38_143685_box_Incident_Summaries_173-233
Agency: Department of War
Page 37
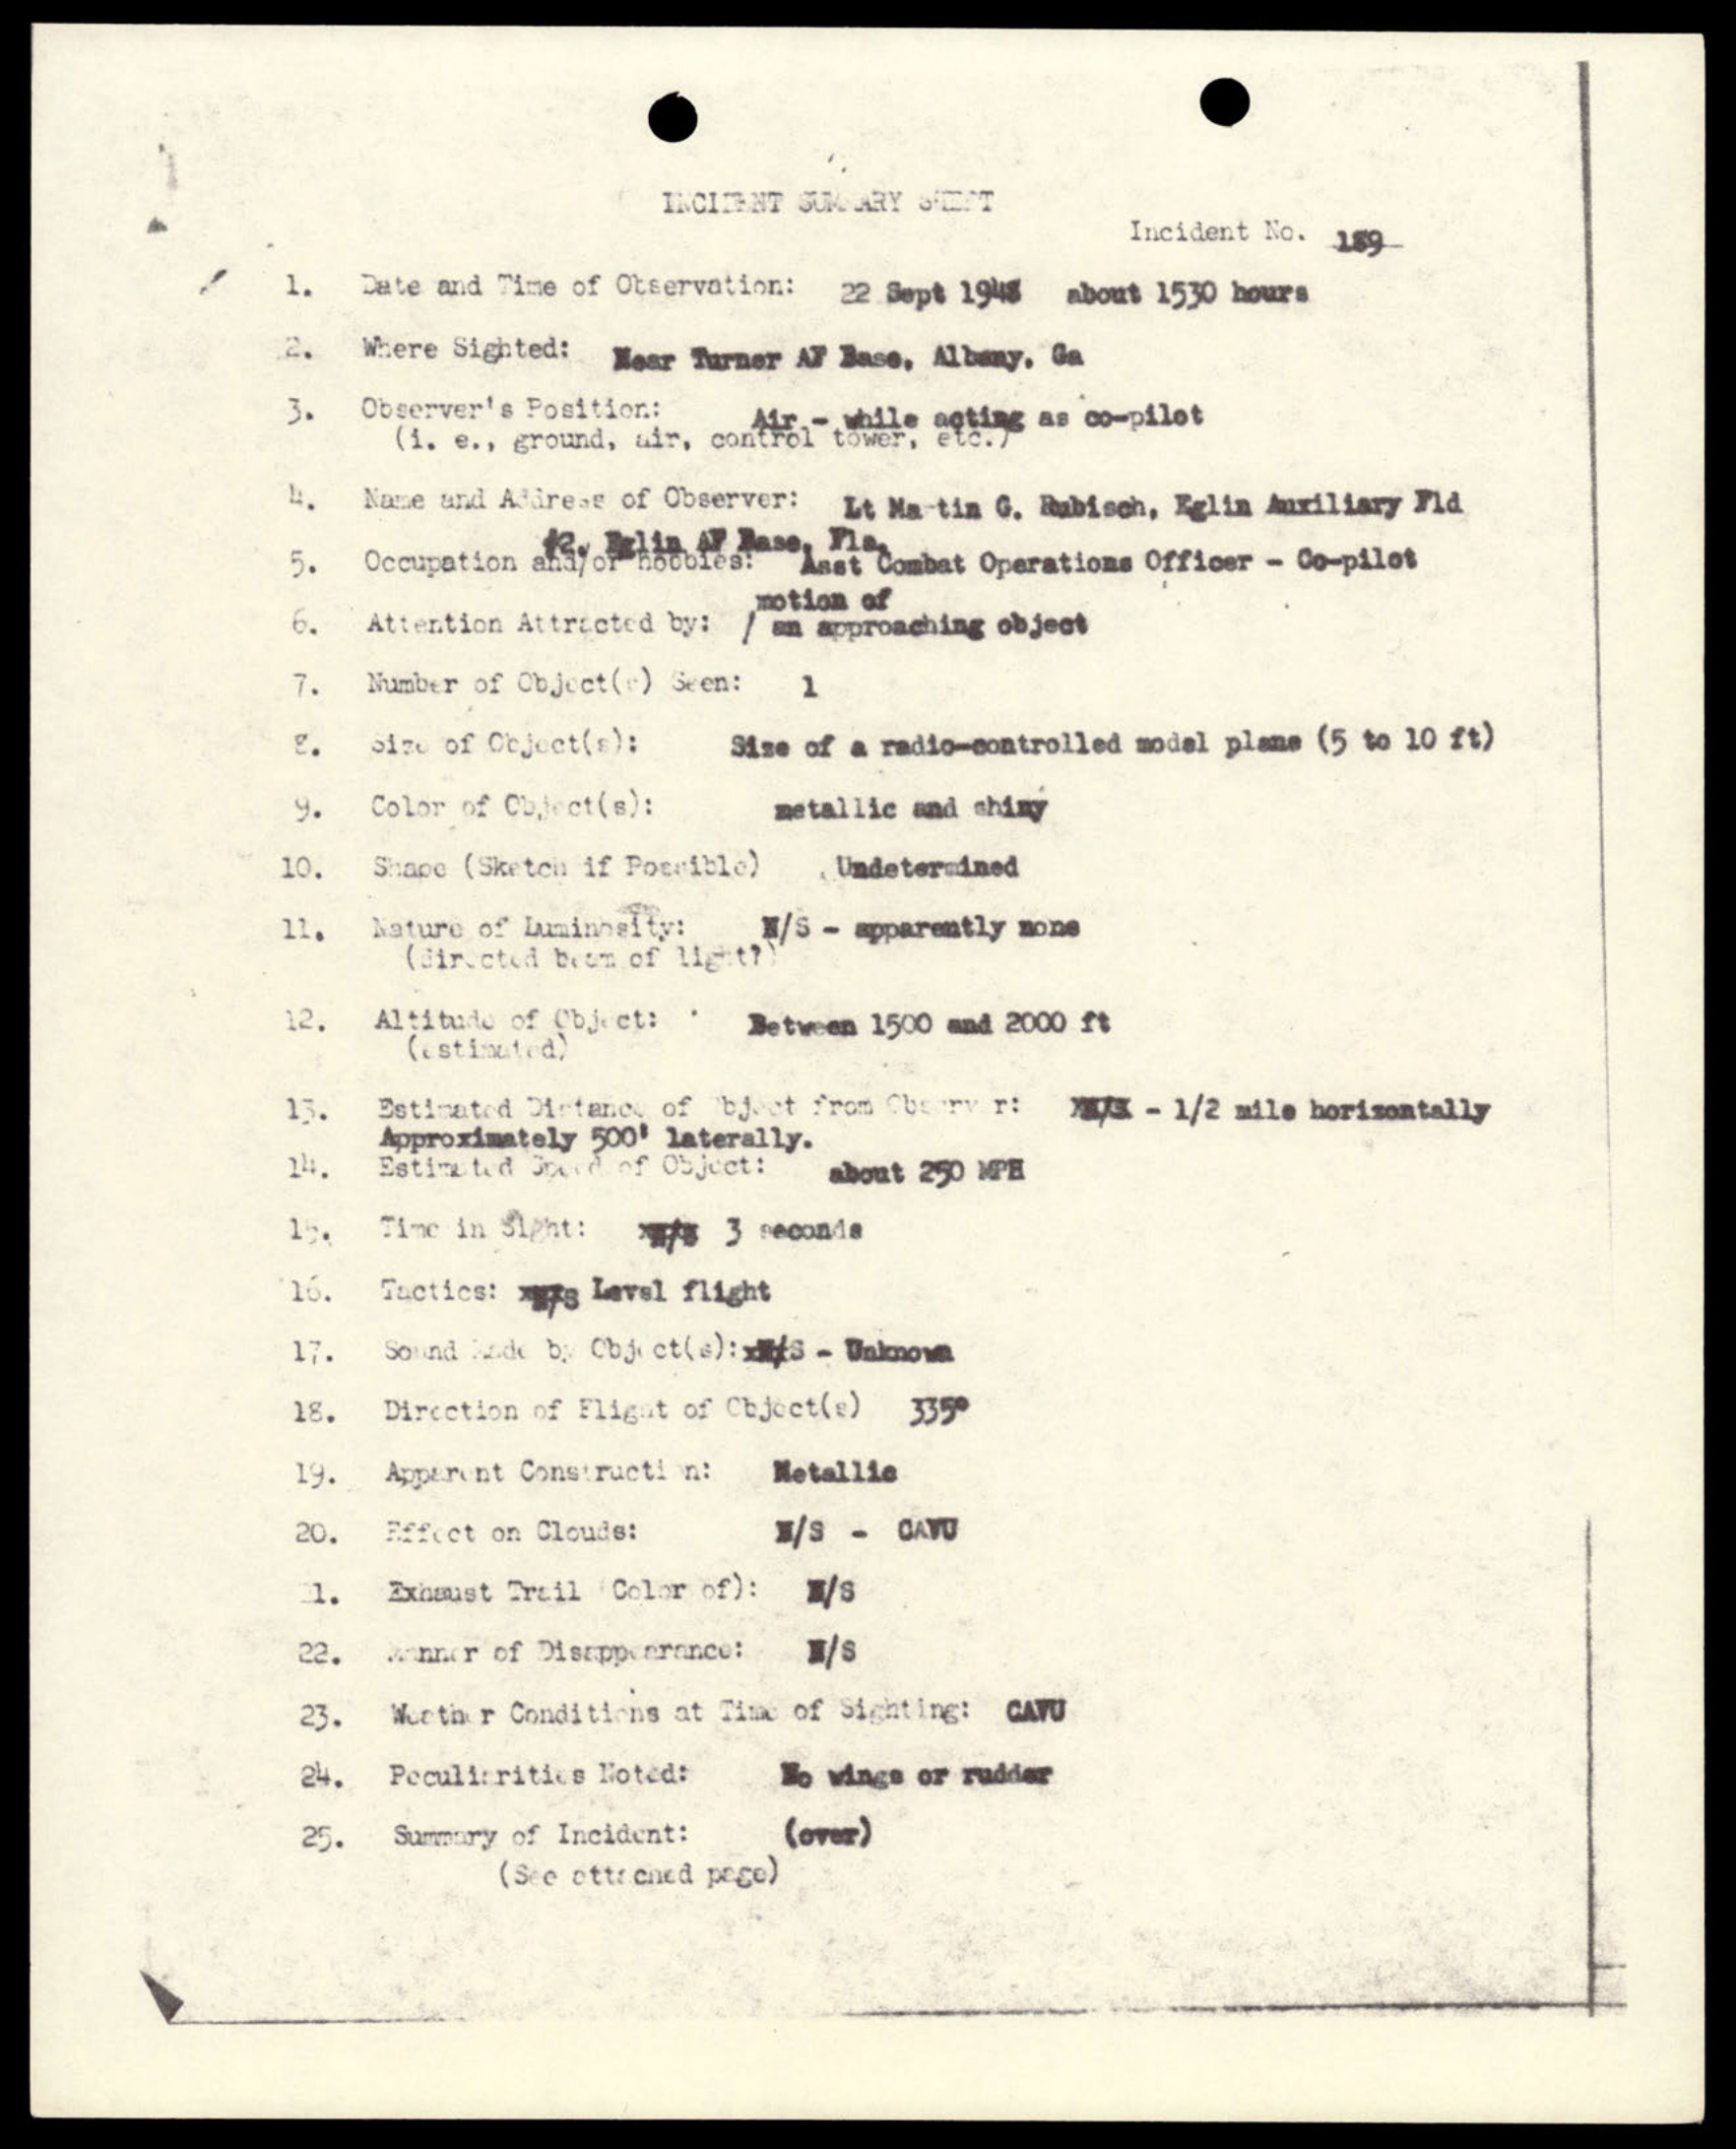